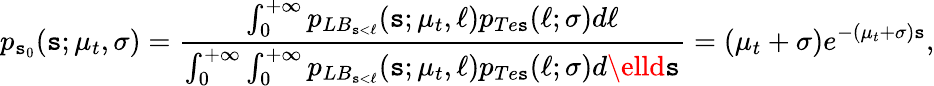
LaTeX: p_{\mathtt{s}_{0}}(\mathtt{s};\mu_{t},\sigma)=\frac{{\int_{0}^{+\infty}p_{LB_{\mathtt{s}<\ell}}(\mathtt{s};\mu_{t},\ell)p_{Te\mathtt{s}}(\ell;\sigma)d\ell}}{{\int_{0}^{+\infty}\int_{0}^{+\infty}p_{LB_{\mathtt{s}<\ell}}(\mathtt{s};\mu_{t},\ell)p_{Te\mathtt{s}}(\ell;\sigma)d\elld\mathtt{s}}}=(\mu_{t}+\sigma)e^{-(\mu_{t}+\sigma)\mathtt{s}},